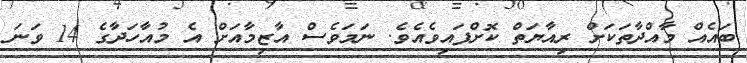
ބައެއް މާއްދާތަކަށް ރިއާޔަތް ކޮށްފައިވެއެވެ. ނަމަވެސް އާޒިމާއަށް އެ މުއާހަދާގެ 14 ވަނަ